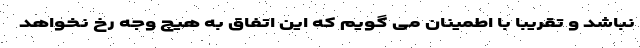
نباشد و تقریبا با اطمینان می گویم که این اتفاق به هیچ وجه رخ نخواهد